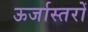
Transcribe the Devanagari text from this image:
ऊर्जास्तरों